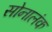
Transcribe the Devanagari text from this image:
सोनालंक